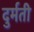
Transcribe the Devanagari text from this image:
दुर्मती